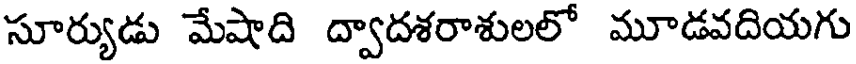
సూర్యుడు మేషాది ద్వాదశరాశులలో మూడవదియగు